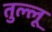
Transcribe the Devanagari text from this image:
तुल्लू